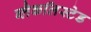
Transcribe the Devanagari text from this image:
ब्लैकलिस्टेड